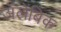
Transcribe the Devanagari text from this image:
अॅलेंबिक